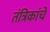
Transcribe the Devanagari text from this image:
तंत्रिकांचे